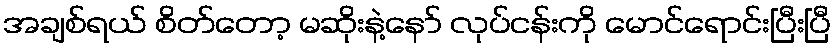
အချစ်ရယ် စိတ်တော့ မဆိုးနဲ့နော် လုပ်ငန်းကို မောင်ရောင်းပြီးပြီ